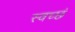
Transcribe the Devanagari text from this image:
स्वच्छं